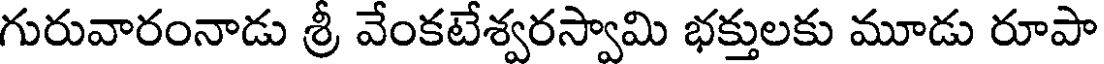
గురువారంనాడు శ్రీ వేంకటేశ్వరస్వామి భక్తులకు మూడు రూపా